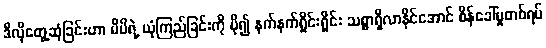
ဒီလိုတွေ့ဆုံခြင်းဟာ မိမိရဲ့ ယုံကြည်ခြင်းကို ပို၍ နက်နက်ရှိုင်းရှိုင်း သစ္စာရှိလာနိုင်အောင် စိန်ခေါ်မှုတစ်ရပ်